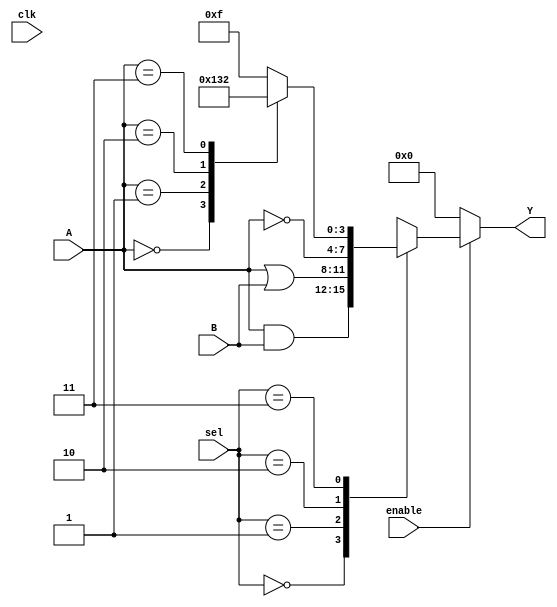
module logic_array_block (
    input  wire [3:0] A,               // 4-bit input signals
    input  wire [3:0] B,               // 4-bit input signals
    input  wire [1:0] sel,             // Selection signals for MUX
    input  wire enable,                 // Enable signal
    input  wire clk,                    // Clock for any synchronous control
    output reg [3:0] Y                 // 4-bit output signals
);

// Internal wires for combinational logic
wire [3:0] and_result;
wire [3:0] or_result;
wire [3:0] not_result;
wire [3:0] lut_result;

// Implement combinational logic functions
assign and_result = A & B;           // AND operation
assign or_result = A | B;            // OR operation
assign not_result = ~A;              // NOT operation

// Look-Up Table (LUT) implementation
// The LUT can be configured based on its usage. Here we select an
// arbitrary function based on the input A.
always @* begin
    case (A)
        4'b0000: lut_result = 4'b0000; // Example Function
        4'b0001: lut_result = 4'b0001; // Example Function
        4'b0010: lut_result = 4'b0011; // Example Function
        4'b0011: lut_result = 4'b0010; // Example Function
        default: lut_result = 4'b1111;  // Default case
    endcase
end

// MUX to select between different logic functions based on sel
always @* begin
    if (enable) begin
        case (sel)
            2'b00: Y = and_result;        // Select AND result
            2'b01: Y = or_result;         // Select OR result
            2'b10: Y = not_result;        // Select NOT result
            2'b11: Y = lut_result;        // Select LUT result
            default: Y = 4'b0000;         // Default case
        endcase
    end else begin
        Y = 4'b0000;                     // If not enabled, output zero
    end
end

endmodule